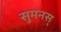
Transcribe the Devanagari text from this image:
सुमनस्‌